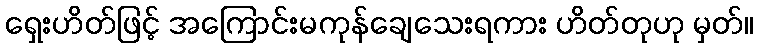
ရှေးဟိတ်ဖြင့် အကြောင်းမကုန်ချေသေးရကား ဟိတ်တုဟု မှတ်။